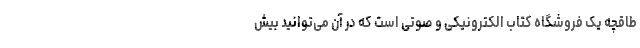
طاقچه یک فروشگاه کتاب الکترونیکی و صوتی است که در آن می‌توانید بیش